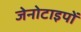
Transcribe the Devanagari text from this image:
जेनोटाइपों